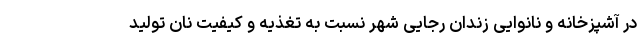
در آشپزخانه و نانوایی زندان رجایی شهر نسبت به تغذیه و کیفیت نان تولید